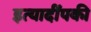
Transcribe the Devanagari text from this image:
इत्यादींपकी